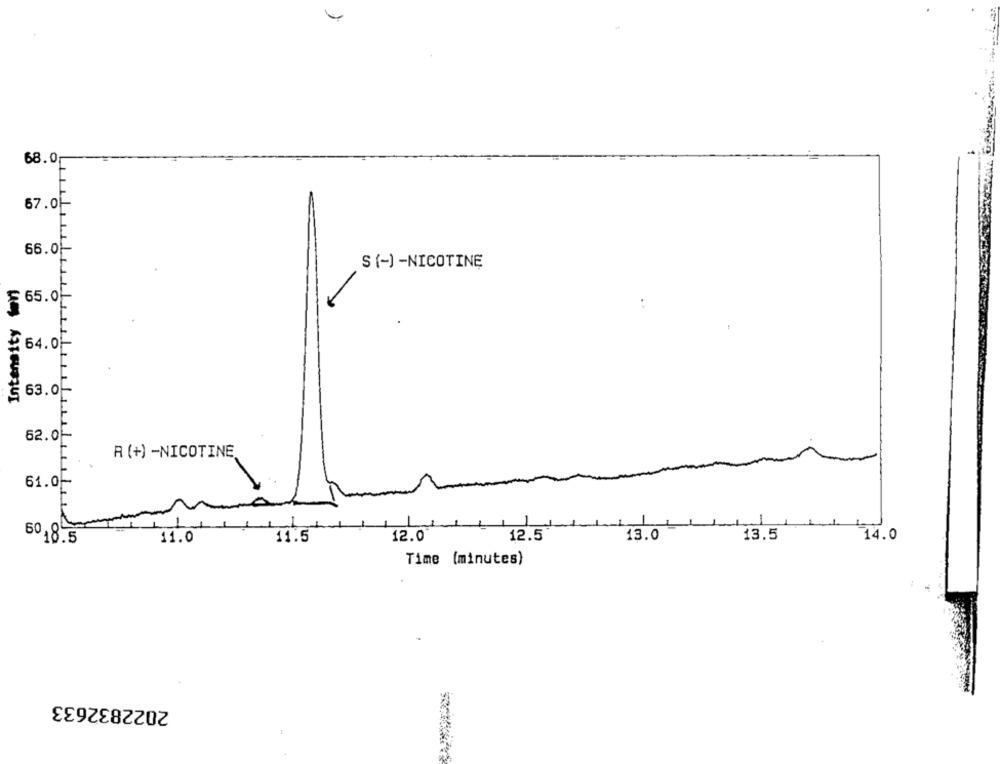
68.0
67.01
66.0
S (-) -NICOTINE
Intensity fon
5 65.0
64.0-
63.0
62.0
R (+) -NICOTINE
61.0-
1
13.5
14.0
60,8.5
11.0
11.5
12.0
12.5
13.0
Time (minutes)
2022832633